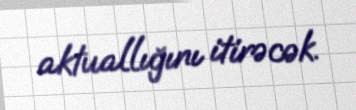
aktuallığını itirəcək.